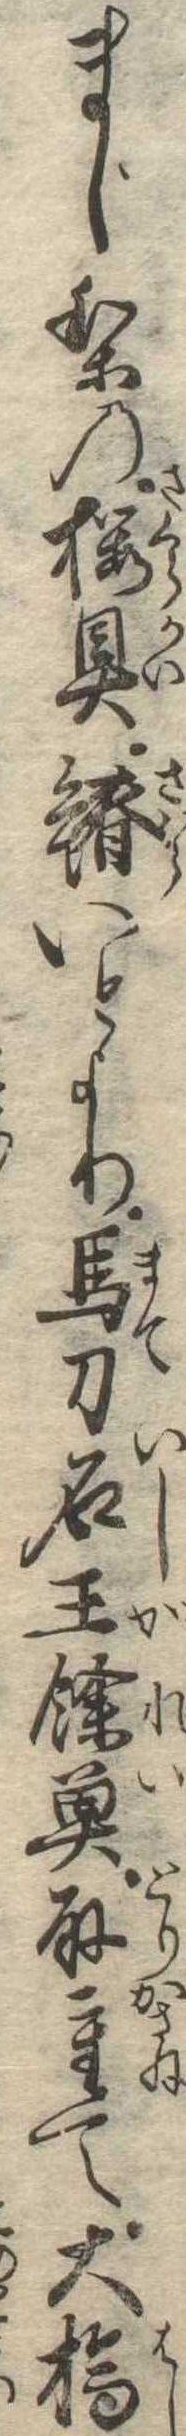
まじりの桜貝鰆いとより馬刀石王余魚取重て大橋